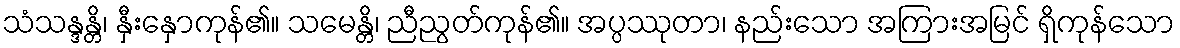
သံသန္ဒန္တိ၊ နှီးနှောကုန်၏။ သမေန္တိ၊ ညီညွတ်ကုန်၏။ အပ္ပဿုတာ၊ နည်းသော အကြားအမြင် ရှိကုန်သော